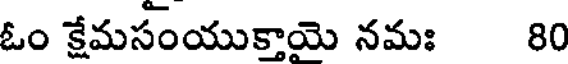
ఓం క్షేమసంయుక్తాయె నమః 80